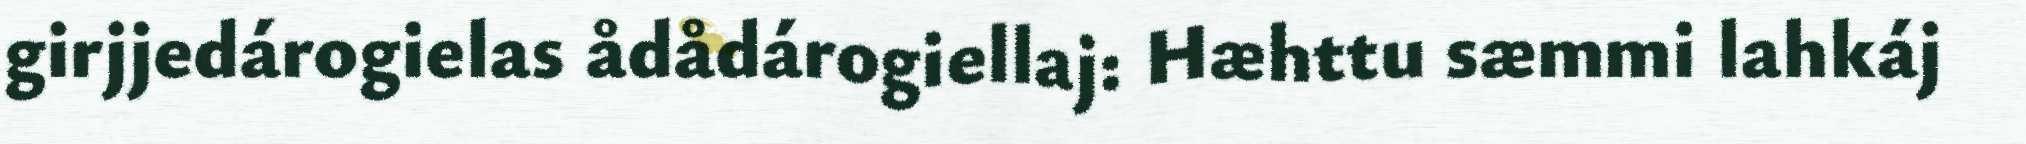
girjjedárogielas ådådárogiellaj: Hæhttu sæmmi lahkáj